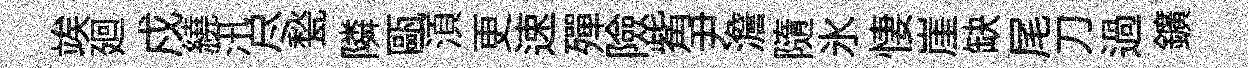
竢廻戍繞汛尽甃隣甌湏更速殫險觜尹澹隨氷悽崖缺尾刀過鑛